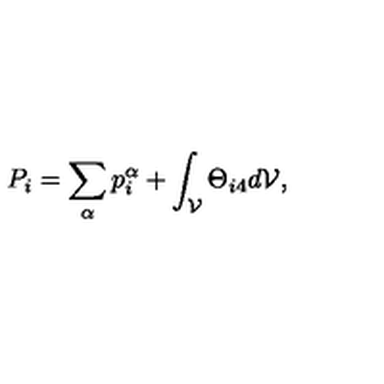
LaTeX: P _ { i } = \sum _ { \alpha } p _ { i } ^ { \alpha } + \int _ { \cal V } \Theta _ { i 4 } d { \cal V } ,